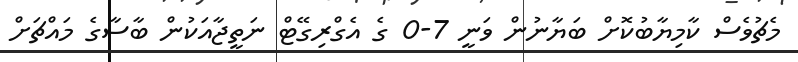
މެޗުވެސް ކާމިޔާބުކޮށް ބަޔާނުން ވަނީ 7-0 ގެ އެގްރިގޭޓް ނަތީޖާއަކުން ބާސާގެ މައްޗަށް